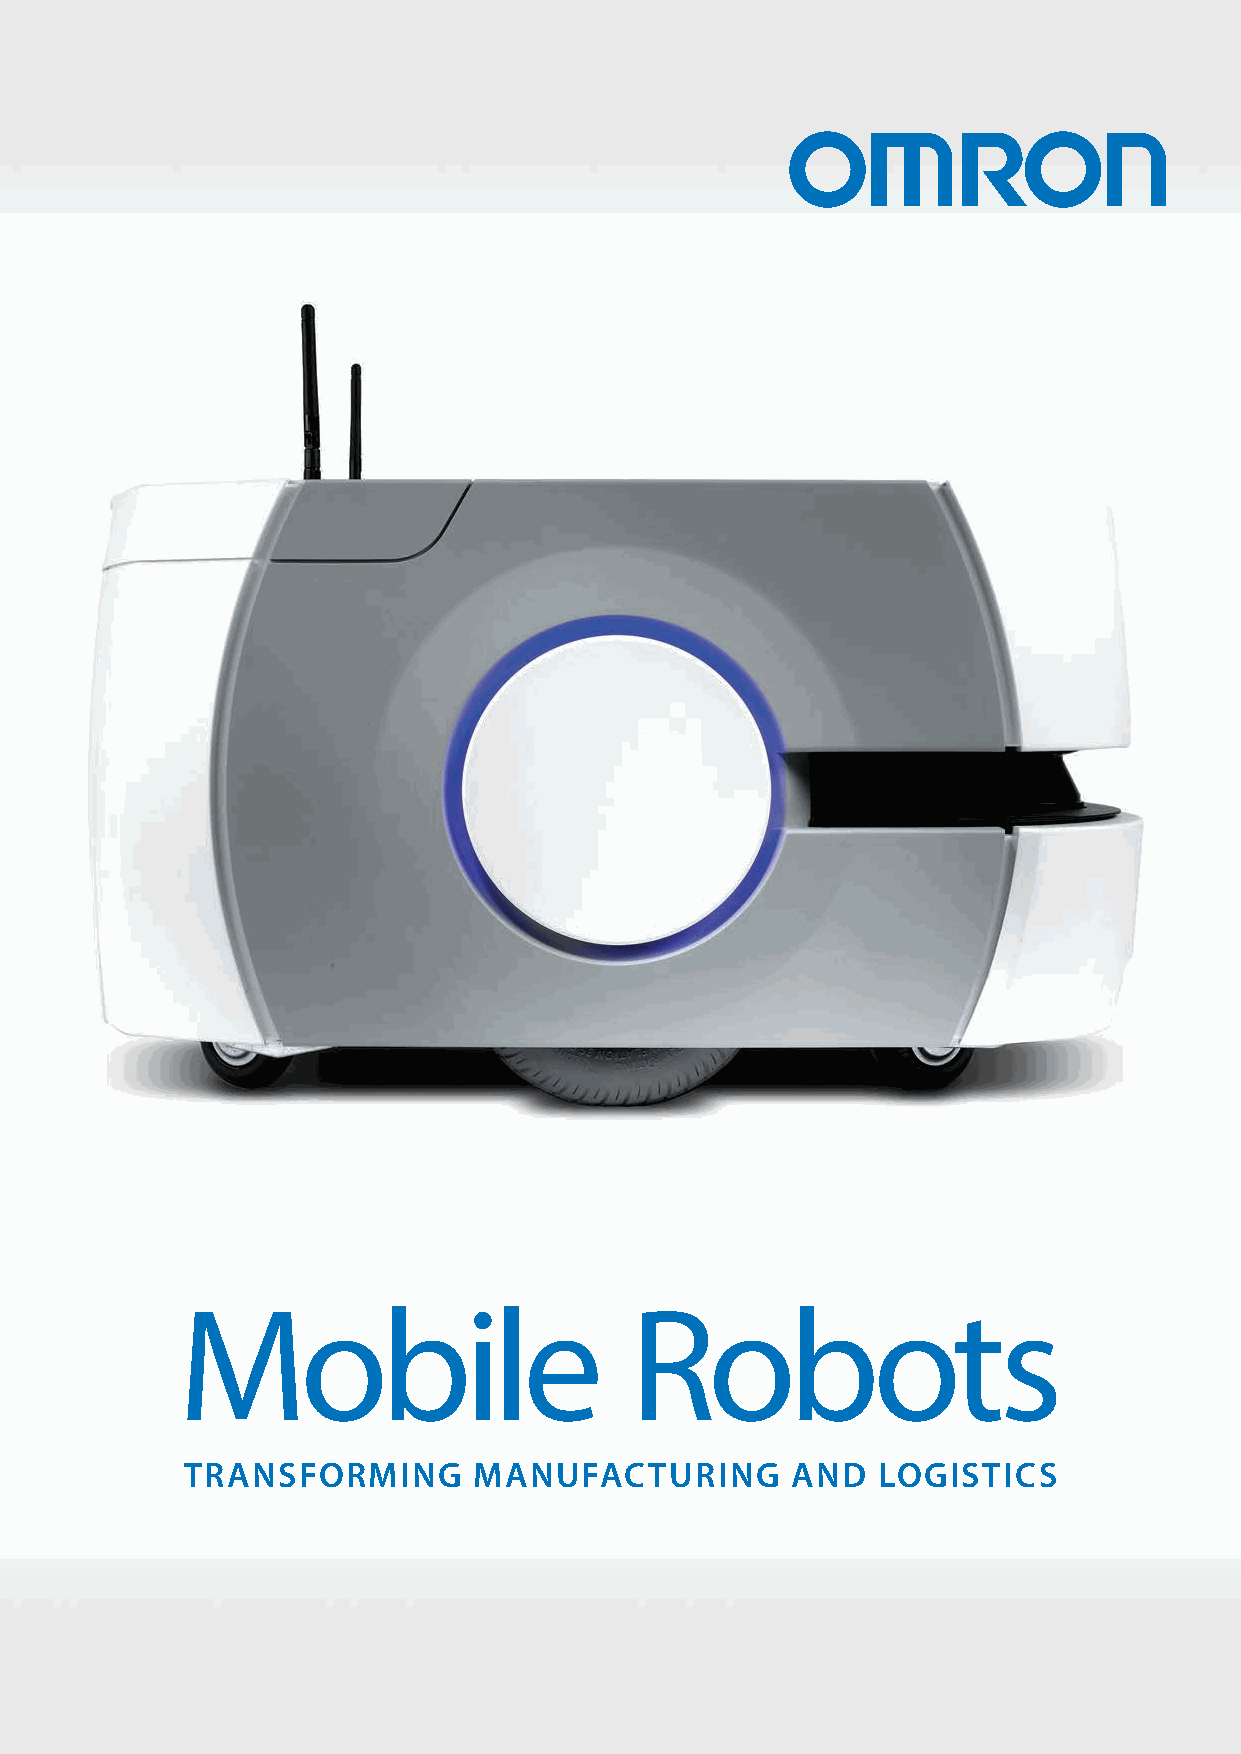
| 1
 Mobile                        Robots
 TRANSFORMING       MANUFACTURING        AND   LOGISTICS